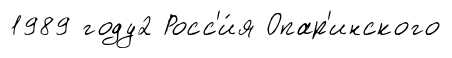
1989 году2 Росс'и́я Опар'инского